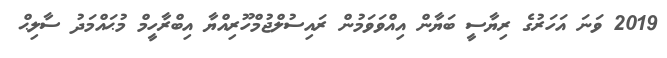
2019 ވަނަ އަހަރުގެ ރިޔާސީ ބަޔާން އިއްވަވަމުން ރައިސުލްޖުމްހޫރިއްޔާ އިބްރާހީމް މުޙައްމަދު ސާލިޙް